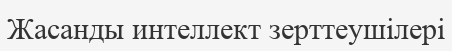
Жасанды интеллект зерттеушілері